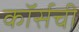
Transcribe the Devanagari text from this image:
कॉर्सची